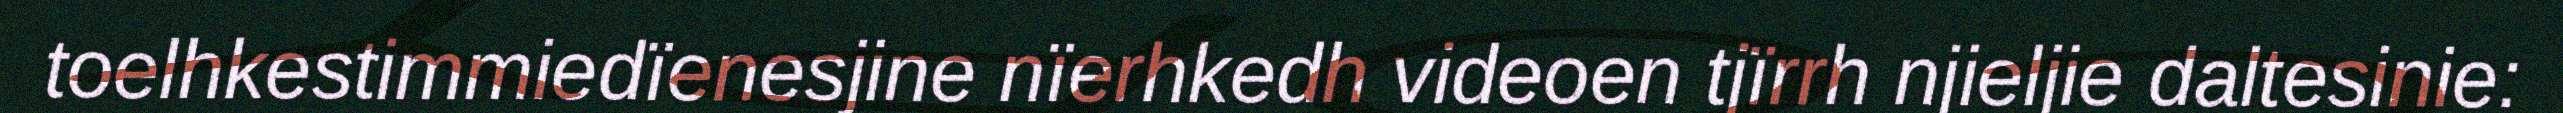
toelhkestimmiedïenesjine nïerhkedh videoen tjïrrh njieljie daltesinie: